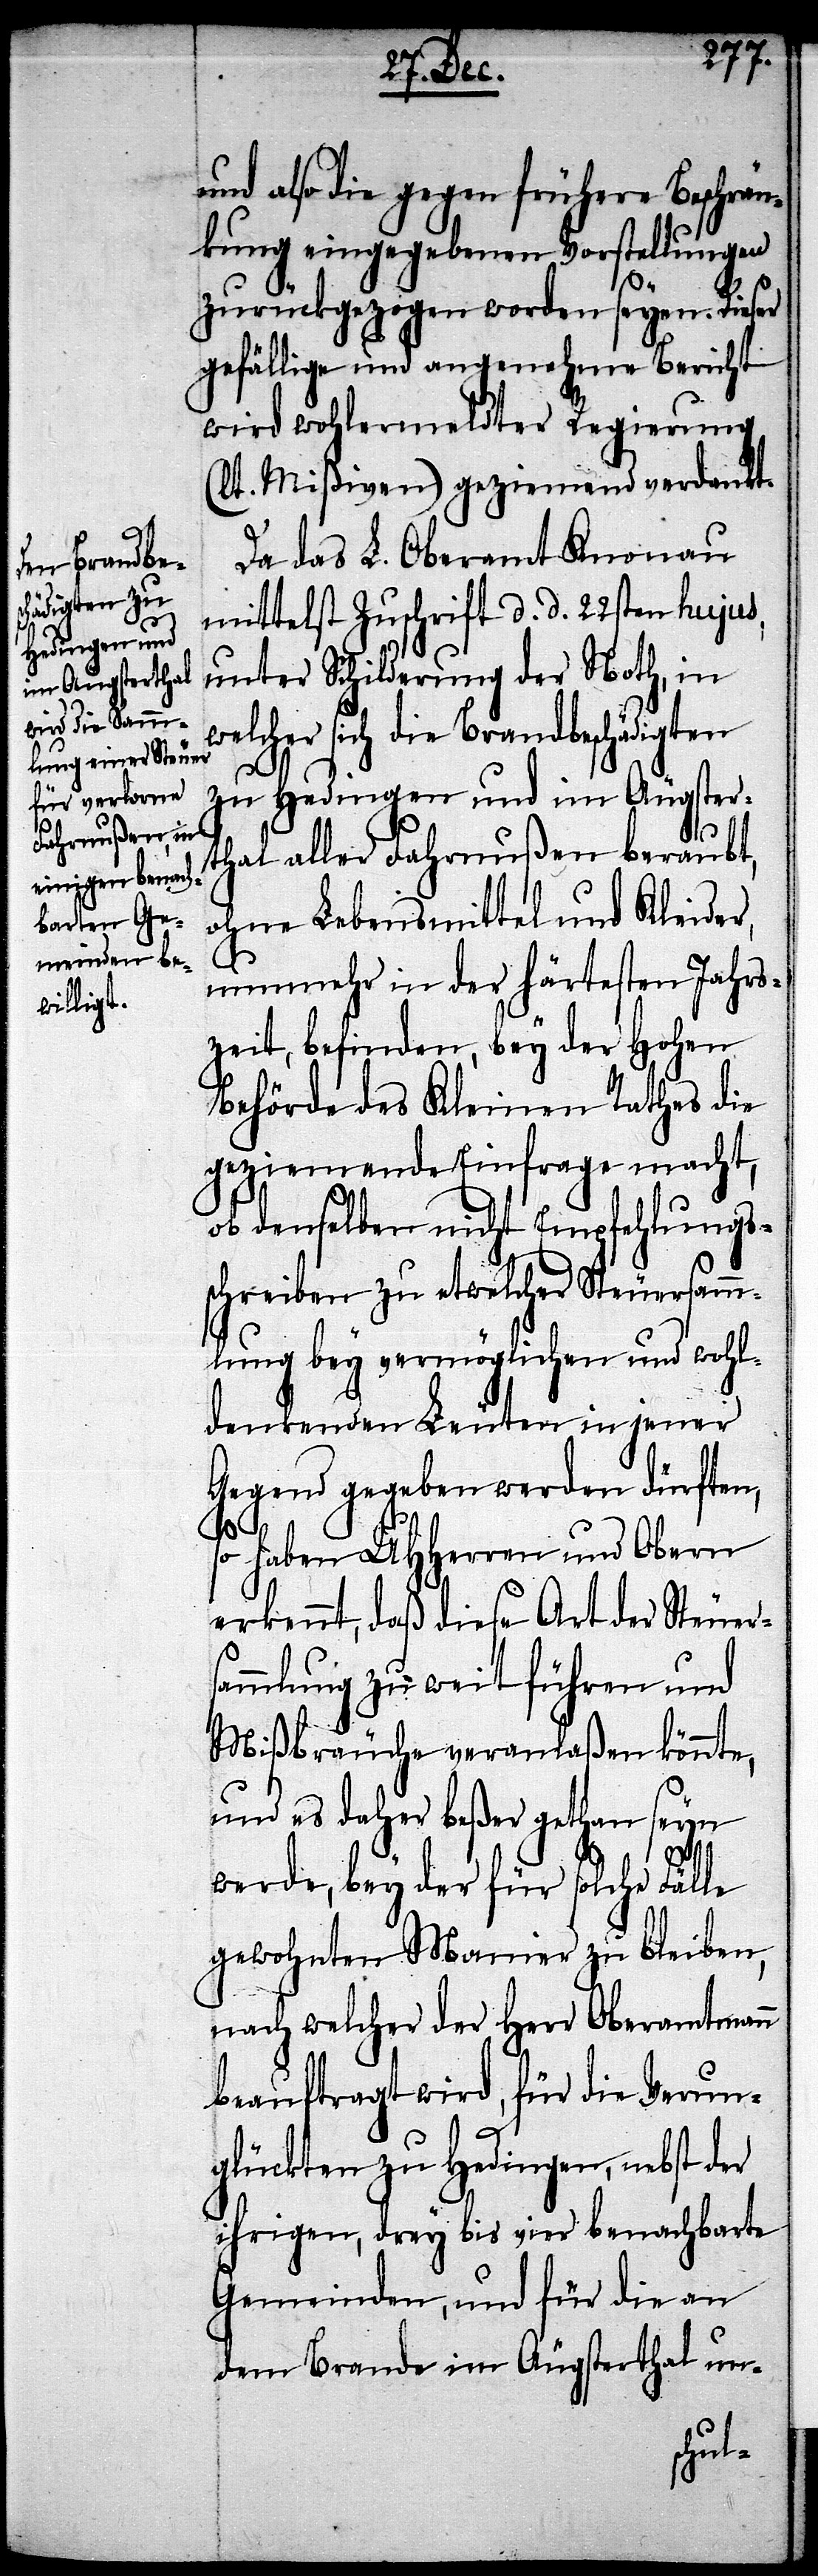
und also die gegen frühere Beschrän¬
kung eingegebenen Vorstellungen
zurückgezogen worden seyen. Dieser
gefällige und angenehme Bericht
wird wohlermeldter Regierung
(lt. Mißiven) geziemend verdankt.
Da das L. Oberamt Knonau
mittelst Zuschrift d. d. 22sten hujus,
unter Schilderung der Noth, in
welcher sich die Brandbeschädigten
zu Hedingen und im Äugster¬
thal aller Fahrnußen beraubt,
ohne Lebensmittel und Kleider
nunmehr in der härtesten Jahrs¬
zeit, befinden, bey der Hohen
Behörde des Kleinen Rathes die
geziemende Einfrage macht,
ob demselben nicht Empfehlungs¬
schreiben zu etwelcher Steuersamm¬
lung bey vermöglichen und wohl¬
denkenden Leuten in jener
Gegend gegeben werden dürften,
so haben UHHerren und Obern
erkennt, daß diese Art der Steuers¬
ammlung zu weit führen und
Mißbräuche veranlaßen könnte,
und es daher beßer gethan seyn
werde, bey der für solche Fälle
gewohnten Manier zu bleiben,
nach welcher der Herr Oberamtmann
beauftragt wird, für die Verun¬
glückten zu Hedingen, nebst der
ihrigen, drey bis vier benachbarte
Gemeinden, und für die an
dem Brande im Äugsterthal un-